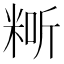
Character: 𥺐